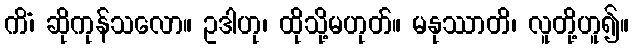
ကိံ၊ ဆိုကုန်သလော။ ဥဒါဟု၊ ထိုသို့မဟုတ်။ မနုဿာတိ၊ လူတို့ဟူ၍။